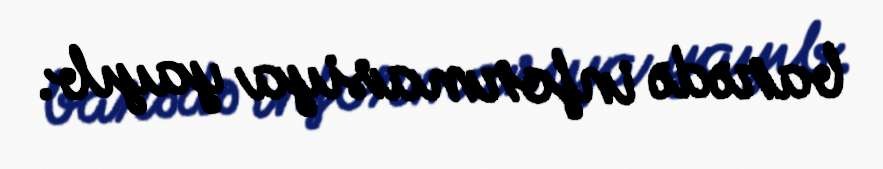
barədə informasiya yayıb.